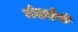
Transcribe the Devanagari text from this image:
मंदाईयों